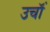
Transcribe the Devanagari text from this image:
उचॉं